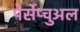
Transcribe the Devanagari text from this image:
पेर्सेप्चुअल